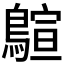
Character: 𪃗